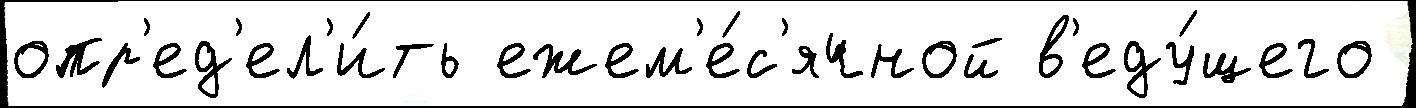
опр'ед'ел'и́ть ежем'е́с'ячной в'еду́щего